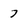
Character: 7